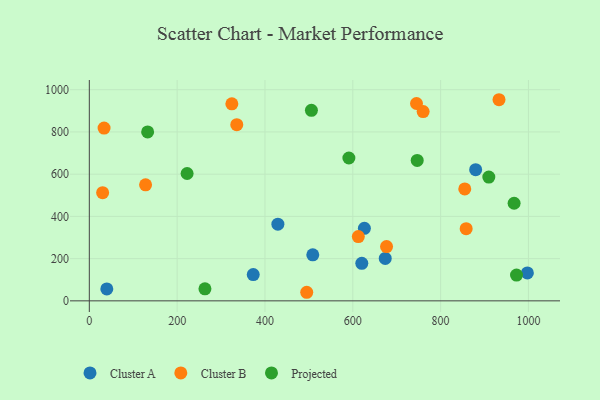
{"axis": {"x": "Speed", "y": "Salary"}, "legend": ["Cluster A", "Cluster B", "Projected"], "data": [{"x": "373.3", "y": 124.3, "type": "Cluster A"}, {"x": "39.8", "y": 56.4, "type": "Cluster A"}, {"x": "997.6", "y": 132.2, "type": "Cluster A"}, {"x": "429.4", "y": 363.2, "type": "Cluster A"}, {"x": "620.5", "y": 177.6, "type": "Cluster A"}, {"x": "626.4", "y": 343.6, "type": "Cluster A"}, {"x": "508.9", "y": 217.8, "type": "Cluster A"}, {"x": "673.9", "y": 200.8, "type": "Cluster A"}, {"x": "879.8", "y": 621.3, "type": "Cluster A"}, {"x": "128.1", "y": 549.3, "type": "Cluster B"}, {"x": "30.3", "y": 512.3, "type": "Cluster B"}, {"x": "33.6", "y": 818.2, "type": "Cluster B"}, {"x": "858.2", "y": 341.8, "type": "Cluster B"}, {"x": "612.6", "y": 304.4, "type": "Cluster B"}, {"x": "855.0", "y": 530.0, "type": "Cluster B"}, {"x": "933.0", "y": 952.5, "type": "Cluster B"}, {"x": "676.9", "y": 257.1, "type": "Cluster B"}, {"x": "335.8", "y": 834.2, "type": "Cluster B"}, {"x": "324.6", "y": 933.1, "type": "Cluster B"}, {"x": "745.1", "y": 934.7, "type": "Cluster B"}, {"x": "760.2", "y": 896.2, "type": "Cluster B"}, {"x": "495.1", "y": 40.6, "type": "Cluster B"}, {"x": "909.8", "y": 586.3, "type": "Projected"}, {"x": "591.1", "y": 676.6, "type": "Projected"}, {"x": "222.7", "y": 603.1, "type": "Projected"}, {"x": "972.9", "y": 122.0, "type": "Projected"}, {"x": "967.4", "y": 462.3, "type": "Projected"}, {"x": "505.8", "y": 902.2, "type": "Projected"}, {"x": "263.3", "y": 57.1, "type": "Projected"}, {"x": "132.8", "y": 799.8, "type": "Projected"}, {"x": "746.7", "y": 665.0, "type": "Projected"}]}